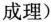
成理)